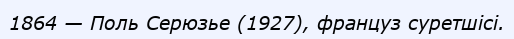
1864 — Поль Серюзье (1927), француз суретшісі.